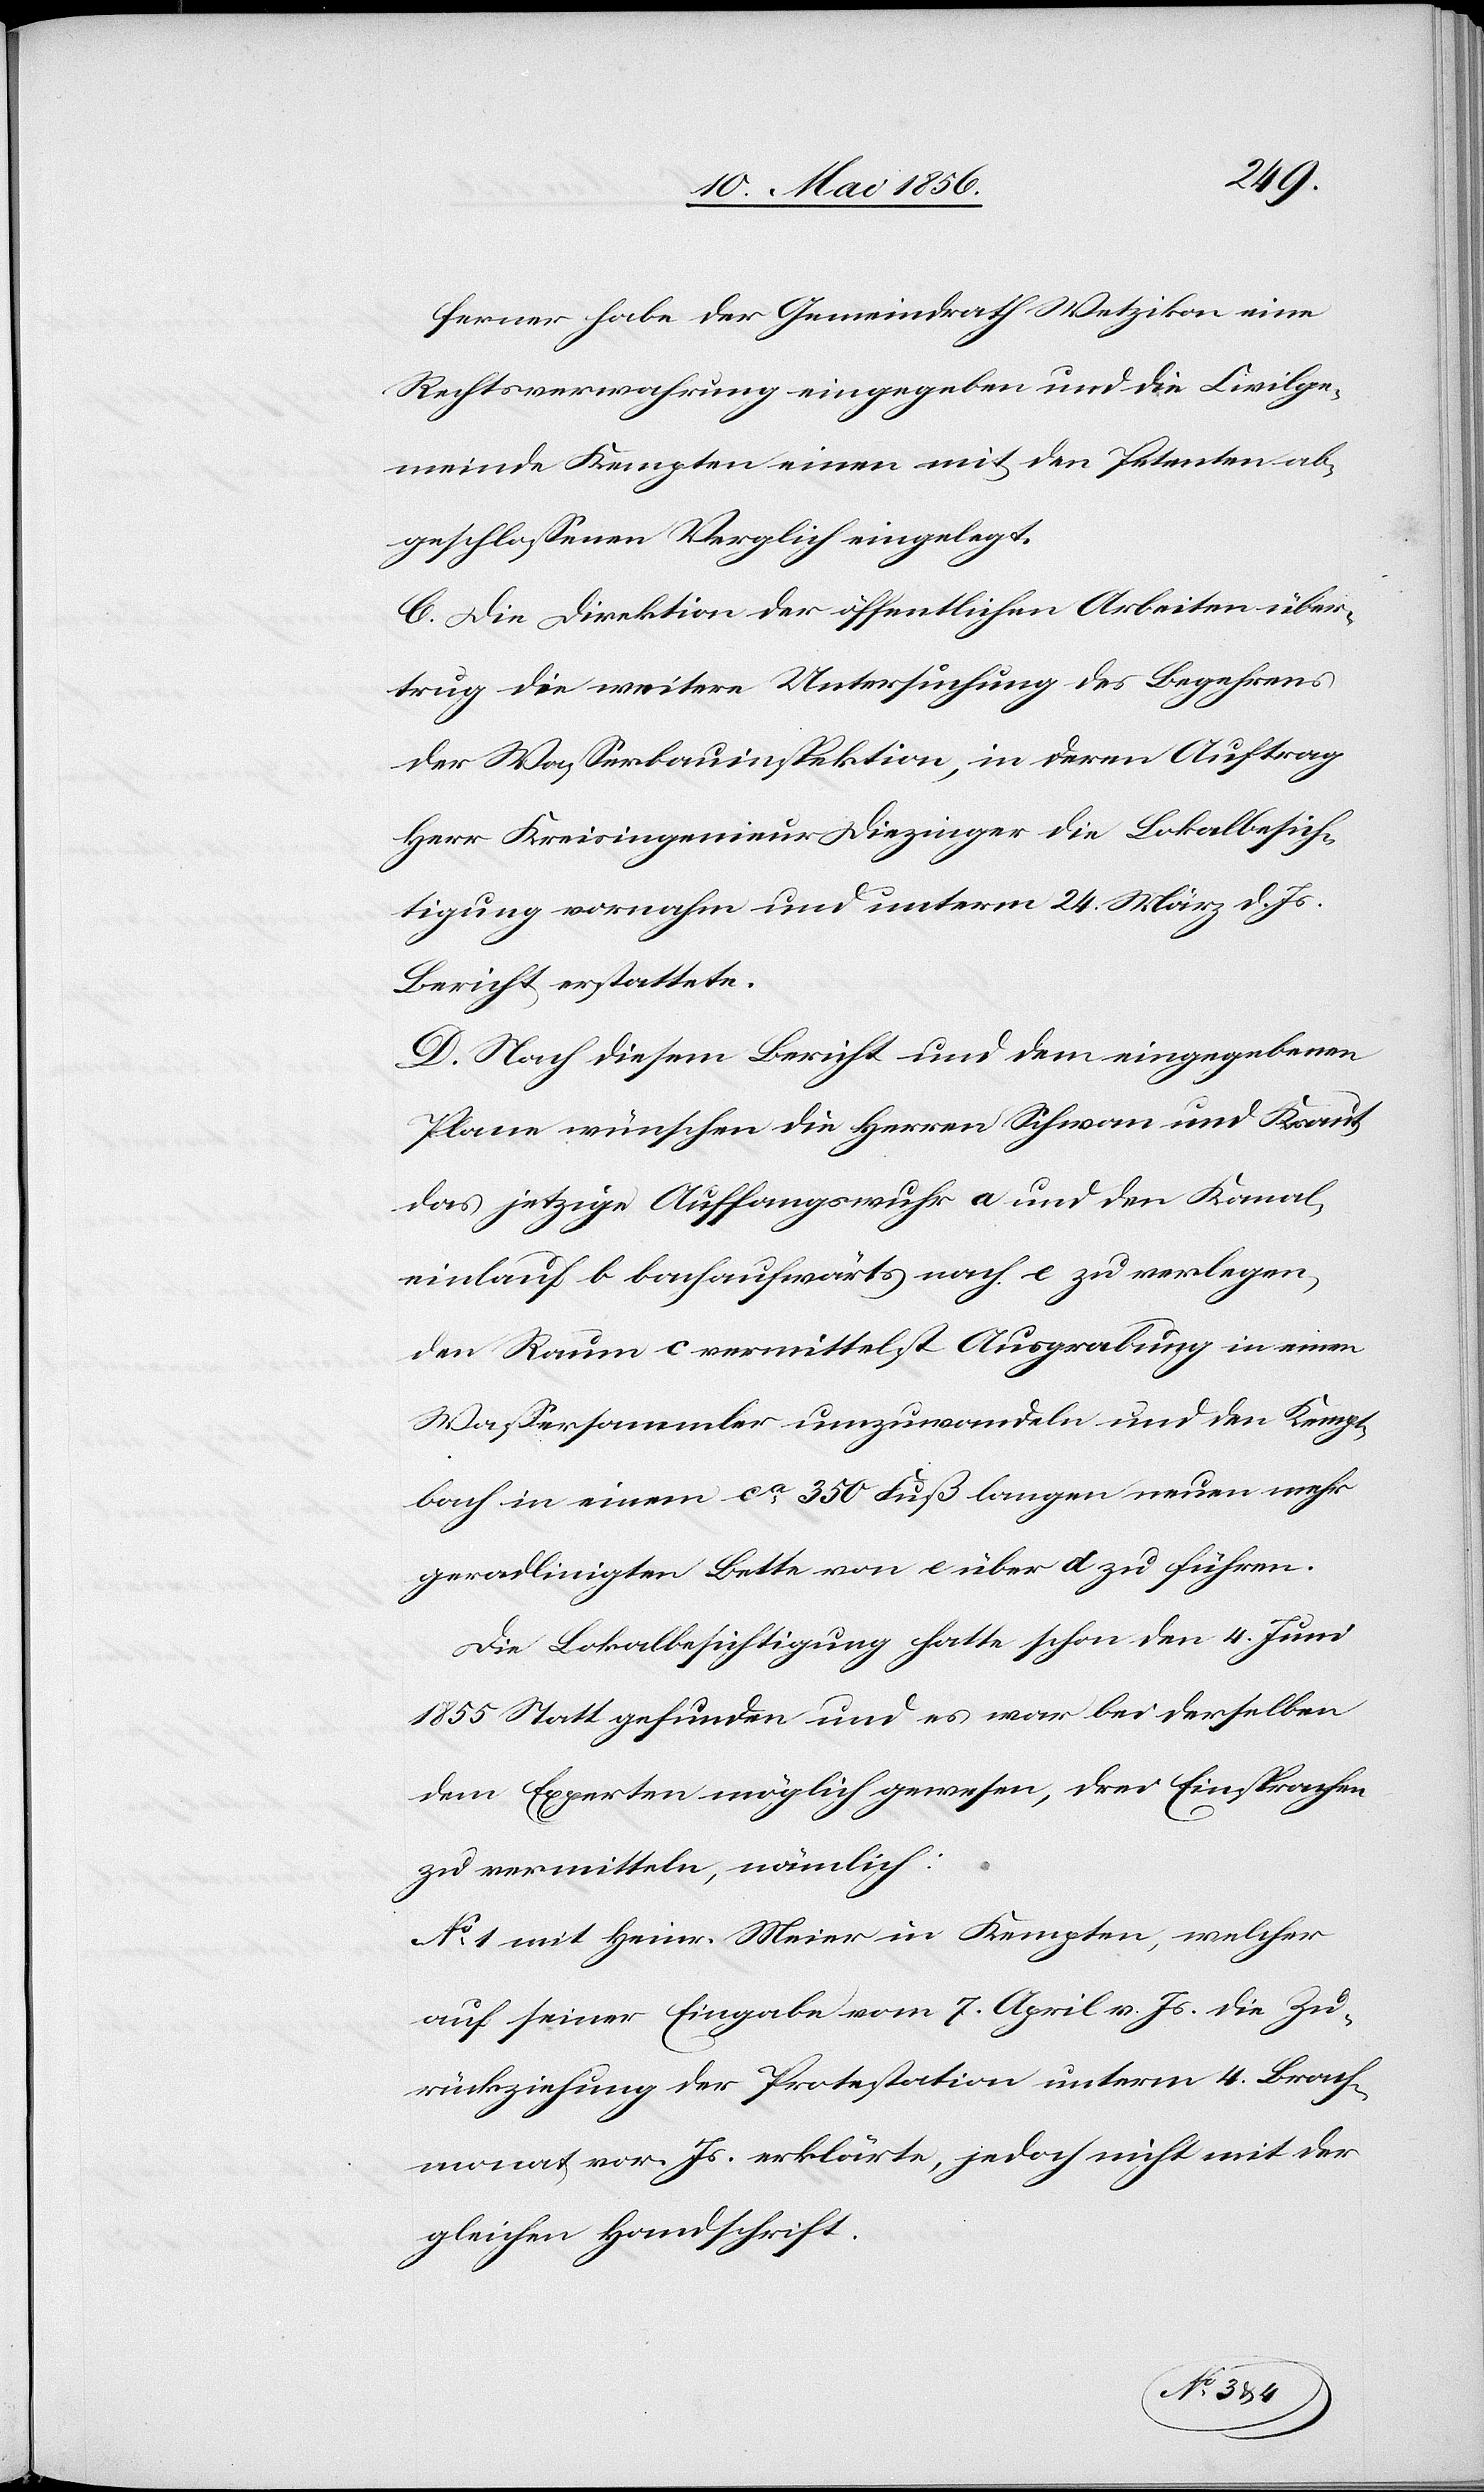
ferner habe der Gemeindrath Wetzikon eine
Rechtsverwahrung eingegeben und die Civilge¬
meinde Kempten einen mit den Petenten ab¬
geschlossenen Verglich eingelegt.
C. Die Direktion der öffentlichen Arbeiten über¬
trug die weitere Untersuchung des Begehrens
der Wasserbauinspektion, in deren Auftrag
Herr Kreisingenieur Diezinger die Lokalbesich¬
tigung vornahm und unterm 24. März d. Js.
Bericht erstattete.
D. Nach diesem Bericht und dem eingegebenen
Plane wünschen die Herren Schwan und Kraut
das jetzige Auffangswuhr a und den Kanal¬
einlauf b bachaufwärts nach e zu verlegen,
den Raum c vermittelst Ausgrabung in einen
Wassersammler umzuwandeln und den Kempt¬
bach in einem ca 350 Fuß langen neuen mehr
geradlinigten Bette von e über d zu führen.
Die Lokalbesichtigung hatte schon den 4. Juni
1855 Statt gefunden und es war bei derselben
dem Experten möglich gewesen, drei Einsprachen
zu vermitteln, nämlich:
No 1 mit Heinr. Meier in Kempten, welcher
auf seiner Eingabe vom 7. April v. Js. die Zu¬
rückziehung der Protestation unterm 4. Brach¬
monat vor. Js. erklärte, jedoch nicht mit der
gleichen Handschrift.